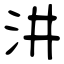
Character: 汫